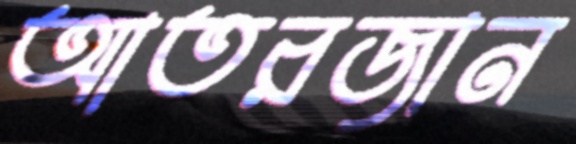
আতরজান